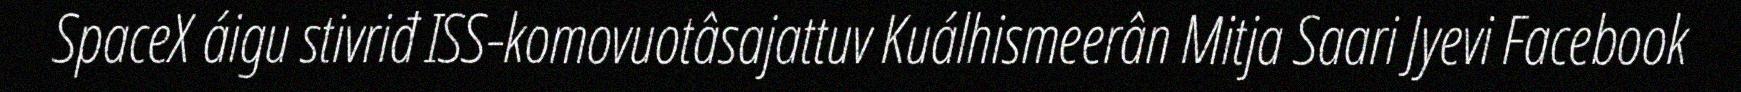
SpaceX áigu stivriđ ISS-komovuotâsajattuv Kuálhismeerân Mitja Saari Jyevi Facebook